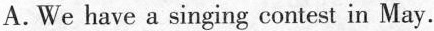
A.We have a singing contest in May.